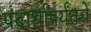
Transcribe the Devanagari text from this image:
पदार्थापर्यंतचे